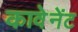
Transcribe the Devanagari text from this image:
कावेनेंट